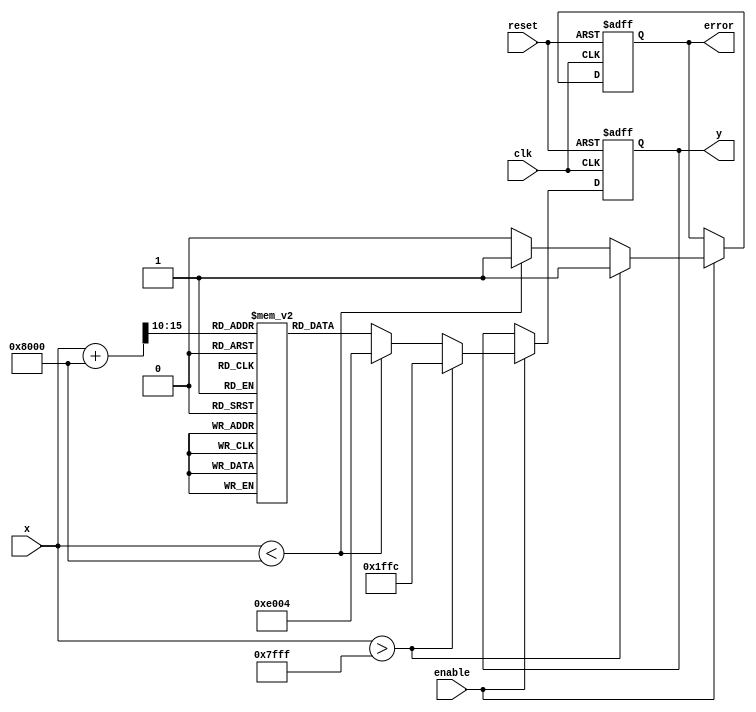
module asin_block (
    input wire clk,          // Clock signal
    input wire reset,        // Reset signal
    input wire enable,       // Enable signal for computation
    input wire signed [15:0] x, // Input value (fixed-point, range: [-1, 1])
    output reg signed [15:0] y, // Output value (fixed-point, range: [-/2, /2])
    output reg error         // Error signal for out-of-range input
);

    // Constants for /2 in fixed-point representation
    localparam PI_OVER_2 = 16'h1FFC; // Approximation of /2 (1.5708) in Q1.15 format
    localparam MAX_INPUT = 16'h7FFF;  // 1 in Q1.15 format
    localparam MIN_INPUT = 16'h8000;  // -1 in Q1.15 format

    // Lookup table for asin values (simplified)
    reg signed [15:0] asin_lut [0:32]; // LUT for asin values
    initial begin
        // Initialize the LUT with pre-computed asin values
        asin_lut[0]  = 16'h0000; // asin(0) = 0
        asin_lut[1]  = 16'h1FFC; // asin(1) = /2
        asin_lut[2]  = 16'h1F8C; // asin(0.5) = /6
        // Add more values as needed for better granularity
        // ...
        asin_lut[32] = 16'h8000; // asin(-1) = -/2
    end

    // Internal signals
    reg signed [15:0] input_value;
    reg [5:0] index; // LUT index

    always @(posedge clk or posedge reset) begin
        if (reset) begin
            y <= 16'h0000; // Reset output
            error <= 1'b0; // Reset error signal
        end else if (enable) begin
            // Check input range
            if (x > MAX_INPUT) begin
                y <= PI_OVER_2; // Clamp to /2
                error <= 1'b1; // Set error signal
            end else if (x < MIN_INPUT) begin
                y <= -PI_OVER_2; // Clamp to -/2
                error <= 1'b1; // Set error signal
            end else begin
                error <= 1'b0; // No error
                // Compute LUT index based on input value
                index = (x + 16'h8000) >> 10; // Scale input to LUT index range
                // Output the corresponding asin value from the LUT
                y <= asin_lut[index];
            end
        end
    end

endmodule